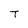
Character: T